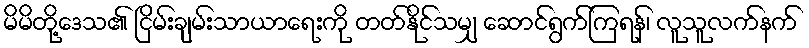
မိမိတို့ဒေသ၏ ငြိမ်းချမ်းသာယာရေးကို တတ်နိုင်သမျှ ဆောင်ရွက်ကြရန်၊ လူသူလက်နက်